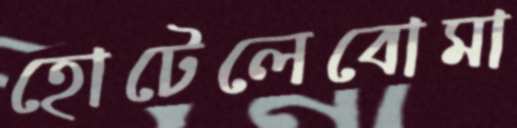
হোটেলেবোমা